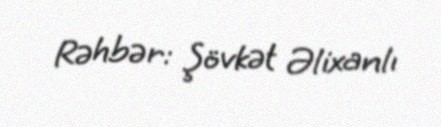
Rəhbər: Şövkət Əlixanlı